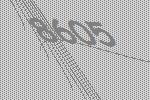
8605